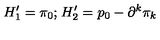
H _ { 1 } ^ { \prime } = \pi _ { 0 } ; _ { } { } _ { } H _ { 2 } ^ { \prime } = p _ { 0 } - \partial ^ { k } \pi _ { k }